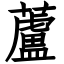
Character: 蘆